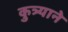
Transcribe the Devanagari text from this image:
कुत्र्याने